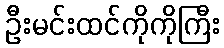
ဦးမင်းထင်ကိုကိုကြီး